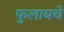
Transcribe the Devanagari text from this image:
फुलायचे